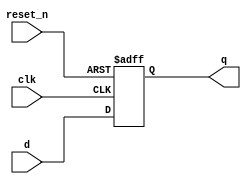
module _dff_r(clk, reset_n, d, q);						//resettable d flip flop
	input clk, reset_n, d;									// 3 inputs
	output reg q;												// output leg q
	
	always @ (posedge clk or negedge reset_n)			// whenever clk is rising edge or reset_n is negedge
	begin
		if(reset_n == 0)q <= 1'b0;							// if reset_n=0, q=0
		else q <= d;											// else q=d
	end
	
endmodule